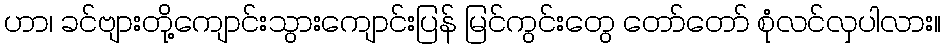
ဟာ၊ ခင်ဗျားတို့ကျောင်းသွားကျောင်းပြန် မြင်ကွင်းတွေ တော်တော် စုံလင်လှပါလား။